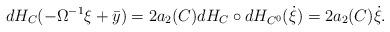
LaTeX: \begin{align*}dH_C(-\Omega^{-1}\xi + \bar{y}) = 2 a_2(C) dH_C \circ dH_{C^0} (\dot{\xi}) = 2 a_2(C) \dot{\xi}.\end{align*}